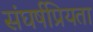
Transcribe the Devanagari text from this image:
संघर्षप्रियता